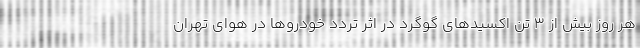
هر روز بیش از ۳ تُن اکسیدهای گوگرد در اثر تردد خودروها در هوای تهران